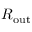
R _ { \mathrm { o u t } }